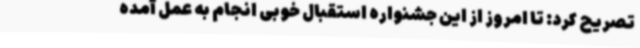
تصریح کرد: تا امروز از این جشنواره استقبال خوبی انجام به عمل آمده